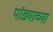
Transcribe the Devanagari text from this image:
पांड्याच्या